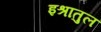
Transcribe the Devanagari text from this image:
इश्रातुल